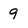
Character: 9